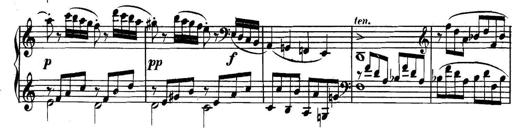
Title: Collected Piano Sonatas
Composer: Muzio Clementi